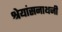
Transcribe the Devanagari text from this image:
श्रेयांसनाथजी